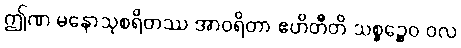
ဤဏ မနောသုစရိတဿ အာဝရိတာ ဧဟိတီတိ သစ္စဉ္စေဝ ဝလ